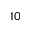
^ { 1 0 }